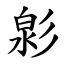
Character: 㣐